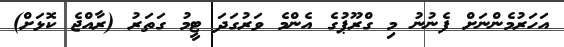
އަހަރުމެންނަށް ފެނުނު މި ގްރޫޕުގެ އެންމެ ވަރުގަދަ ޓީމު ގަތަރު (ރާއްޖެ ކޮޅަށް)